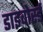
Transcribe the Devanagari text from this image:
डाइवोर्स्ड